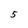
Character: 5